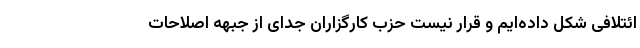
ائتلافی شکل داده‌ایم و قرار نیست حزب کارگزاران جدای از جبهه اصلاحات